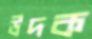
উদক